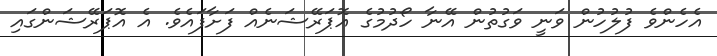
އެހެންވެ ފުލުހުން ވަނީ ވަގުތުން އޭނާ ހޯދުމުގެ އޮޕަރޭޝަނެއް ފަށާފައެވެ. އެ އޮޕަރޭޝަންގައި